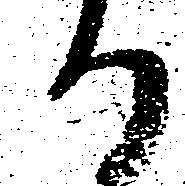
る